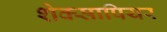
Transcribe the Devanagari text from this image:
शेक्सापियर